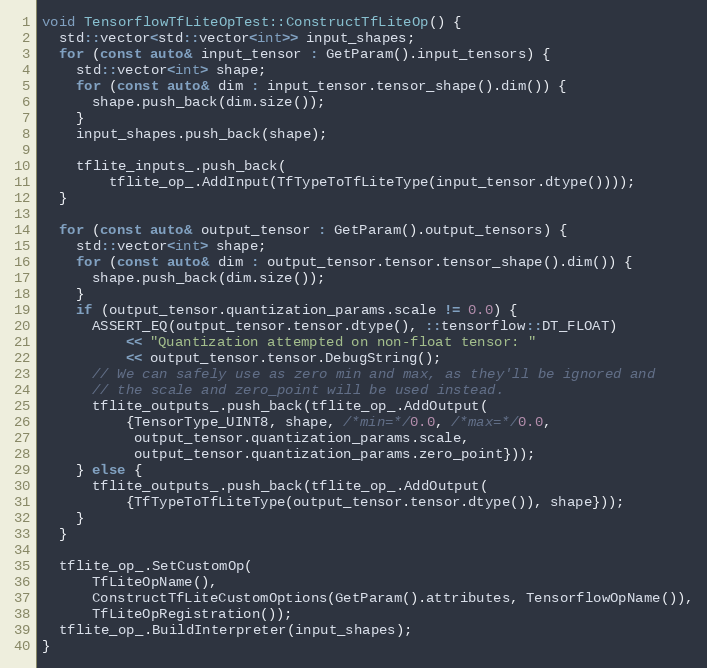
Language: C++
void TensorflowTfLiteOpTest::ConstructTfLiteOp() {
  std::vector<std::vector<int>> input_shapes;
  for (const auto& input_tensor : GetParam().input_tensors) {
    std::vector<int> shape;
    for (const auto& dim : input_tensor.tensor_shape().dim()) {
      shape.push_back(dim.size());
    }
    input_shapes.push_back(shape);

    tflite_inputs_.push_back(
        tflite_op_.AddInput(TfTypeToTfLiteType(input_tensor.dtype())));
  }

  for (const auto& output_tensor : GetParam().output_tensors) {
    std::vector<int> shape;
    for (const auto& dim : output_tensor.tensor.tensor_shape().dim()) {
      shape.push_back(dim.size());
    }
    if (output_tensor.quantization_params.scale != 0.0) {
      ASSERT_EQ(output_tensor.tensor.dtype(), ::tensorflow::DT_FLOAT)
          << "Quantization attempted on non-float tensor: "
          << output_tensor.tensor.DebugString();
      // We can safely use as zero min and max, as they'll be ignored and
      // the scale and zero_point will be used instead.
      tflite_outputs_.push_back(tflite_op_.AddOutput(
          {TensorType_UINT8, shape, /*min=*/0.0, /*max=*/0.0,
           output_tensor.quantization_params.scale,
           output_tensor.quantization_params.zero_point}));
    } else {
      tflite_outputs_.push_back(tflite_op_.AddOutput(
          {TfTypeToTfLiteType(output_tensor.tensor.dtype()), shape}));
    }
  }

  tflite_op_.SetCustomOp(
      TfLiteOpName(),
      ConstructTfLiteCustomOptions(GetParam().attributes, TensorflowOpName()),
      TfLiteOpRegistration());
  tflite_op_.BuildInterpreter(input_shapes);
}